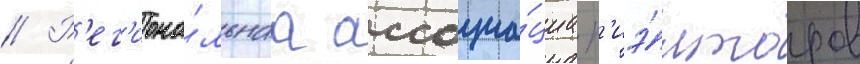
// Р'ег'иона́льнаа ассоциа́циа р'иэ́лторов